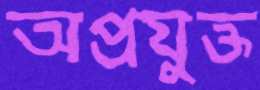
অপ্রযুক্ত